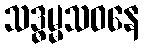
သဒ္ဓမ္မသဝနေ